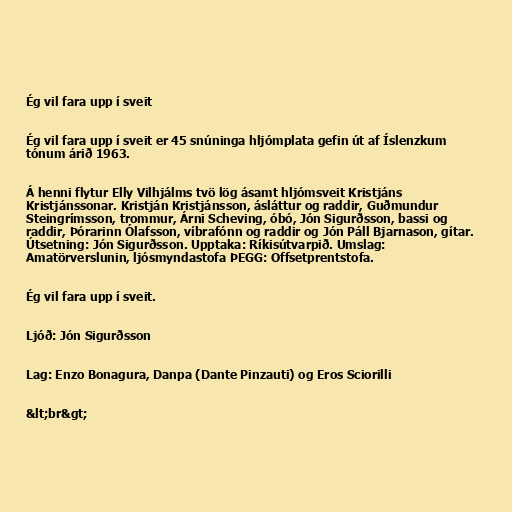
Ég vil fara upp í sveit

Ég vil fara upp í sveit er 45 snúninga hljómplata gefin út af Íslenzkum
tónum árið 1963.

Á henni flytur Elly Vilhjálms tvö lög ásamt hljómsveit Kristjáns
Kristjánssonar. Kristján Kristjánsson, ásláttur og raddir, Guðmundur
Steingrímsson, trommur, Árni Scheving, óbó, Jón Sigurðsson, bassi og
raddir, Þórarinn Ólafsson, víbrafónn og raddir og Jón Páll Bjarnason, gítar.
Útsetning: Jón Sigurðsson. Upptaka: Ríkisútvarpið. Umslag:
Amatörverslunin, ljósmyndastofa ÞEGG: Offsetprentstofa.

Ég vil fara upp í sveit.

Ljóð: Jón Sigurðsson

Lag: Enzo Bonagura, Danpa (Dante Pinzauti) og Eros Sciorilli

&lt;br&gt;